Vabadussoja_Ajaloo_Komitee, lk 37
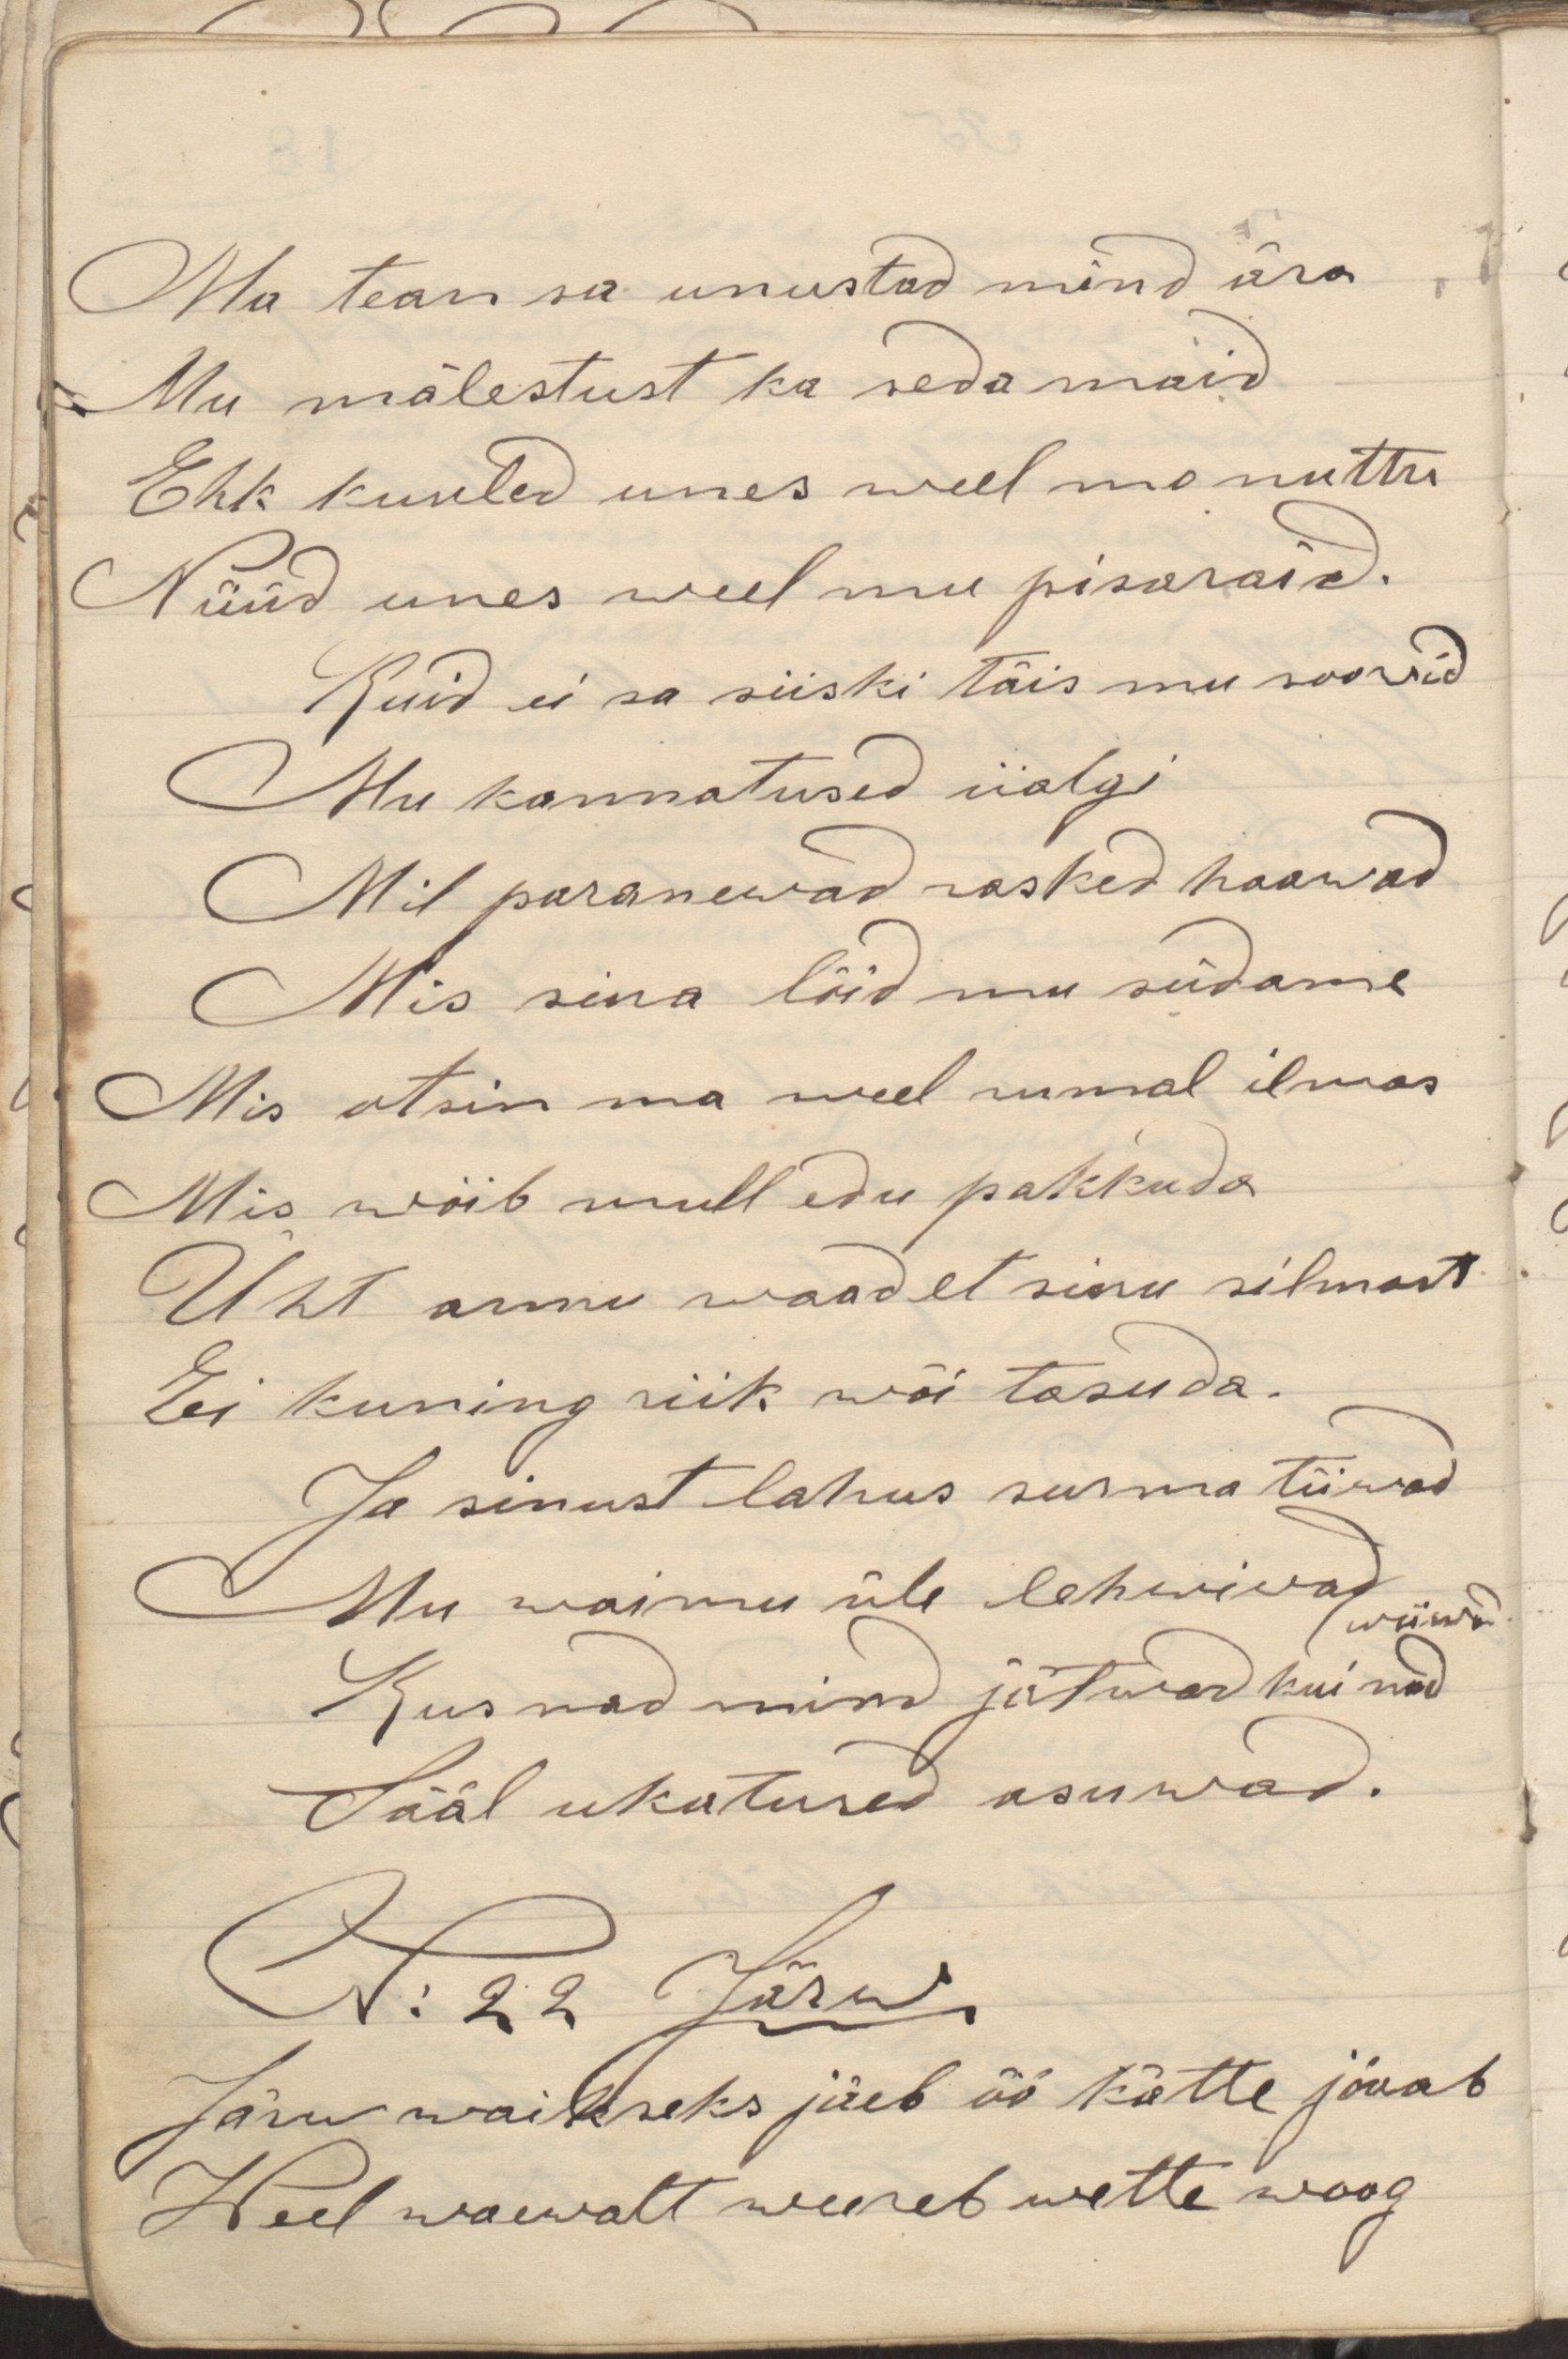
Ma tean sa unustad mind ära
Mu mälestust ka seda maid
Ehk kuuled unes weel mu nuttu
Nüüd unes weel mu pisaraid.
Kuid ei sa siiski täis mu soovid
Mu kannatused iialgi
Mil paranewad rasked haawad
Mis sina lõid mu südame
Mis otsin ma weel rumal ilmas
Mis wõib mull edu pakkuda
Üht armu waadet sinu silmast
Ei kuning riik wõi tasuda.
Ja sinust lahus surma tiivad
Mu waimu üle lehwiwad wiiwad.
Kus nad mind jätwad kui nad
Sääl ukatused asuwad.
Järw waikseks jäeb öö kätte jõuab
Weel waewalt weereb wette woog
N: 22 Järw.